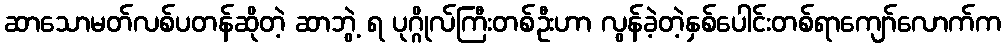
ဆာသောမတ်လစ်ပတန်ဆိုတဲ့ ဆာဘွဲ့ ရ ပုဂ္ဂိုလ်ကြီးတစ်ဦးဟာ လွန်ခဲ့တဲ့နှစ်ပေါင်းတစ်ရာကျော်လောက်က